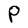
Character: P